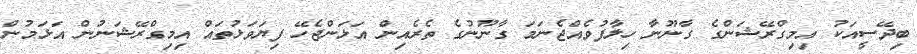
ބިދޭސީއަކު އިމިގްރޭޝަންގެ ގާނޫނާ ހިލާފުވެއްޖެނަމަ ގާނޫނުގެ ތެރެއިން އަޅަންޖެހޭ ފިޔަވަޅުތައް އިމިގްރޭޝަނުން އަޅަމުން